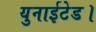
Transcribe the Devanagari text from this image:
युनाईटेड।